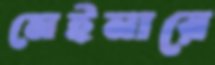
মেইনারে